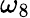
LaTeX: \omega_{8}